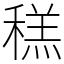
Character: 䅵